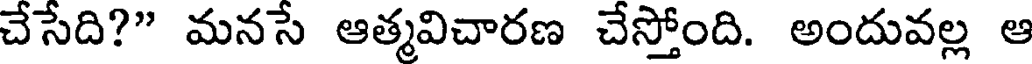
చేసేది?" మనసే ఆత్మవిచారణ చేస్తోంది. అందువల్ల ఆ